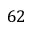
6 2